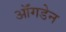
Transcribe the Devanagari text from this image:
ऑंगडेन